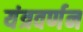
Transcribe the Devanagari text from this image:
यंत्रवर्णन